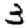
Digit: 3